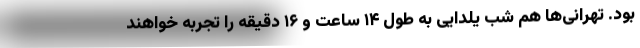
بود. تهرانی‌ها هم شب یلدایی به طول ۱۴ ساعت و ۱۶ دقیقه را تجربه خواهند